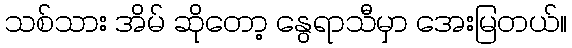
သစ်သား အိမ် ဆိုတော့ နွေရာသီမှာ အေးမြတယ်။